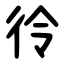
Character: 彾